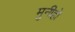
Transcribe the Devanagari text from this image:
मुनीहो